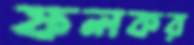
ফলকর